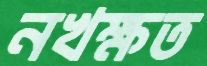
নখক্ষত